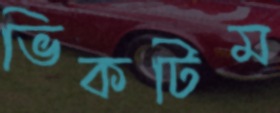
ভিকটিম